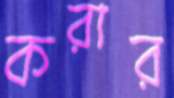
করার